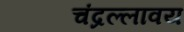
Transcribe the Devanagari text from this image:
चंद्रल्लावय